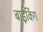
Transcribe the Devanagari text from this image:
बाईकिंग